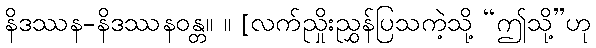
နိဒဿန-နိဒဿနဝန္တ။ ။ [လက်ညှိုးညွှန်ပြသကဲ့သို့ “ဤသို့”ဟု